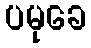
ပမုခေ